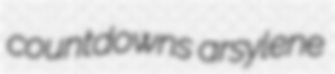
countdowns arsylene